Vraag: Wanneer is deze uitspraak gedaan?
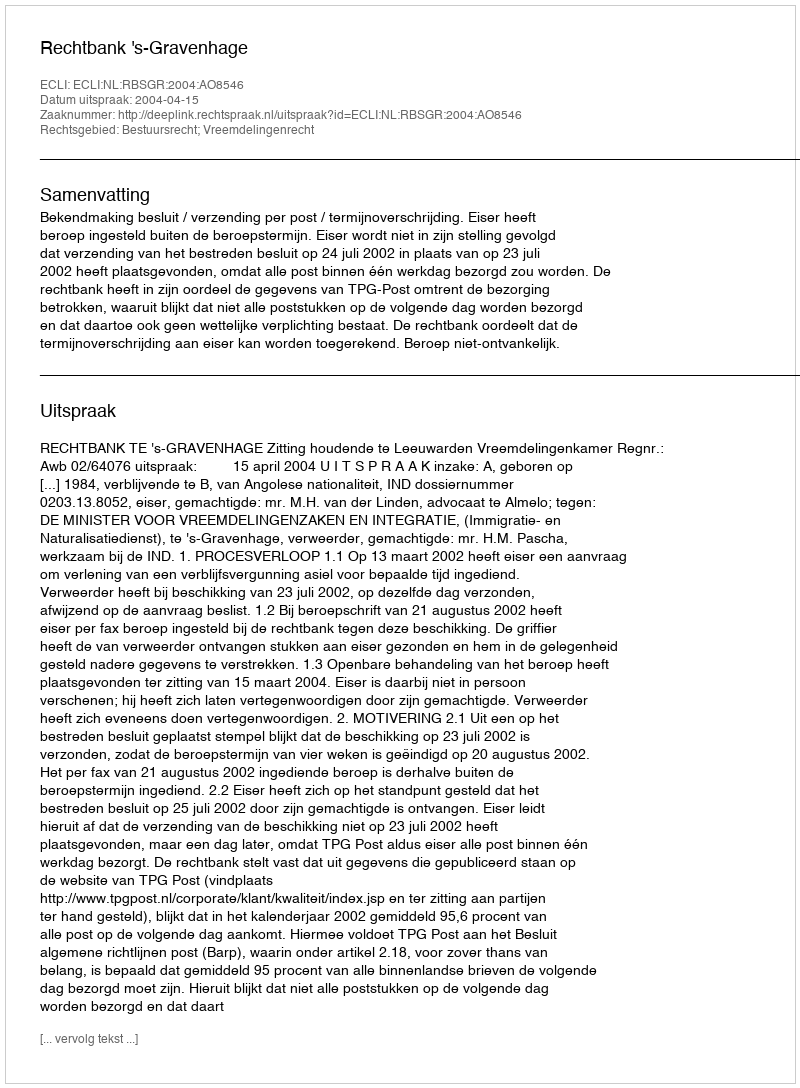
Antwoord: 2004-04-15